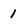
Character: 1